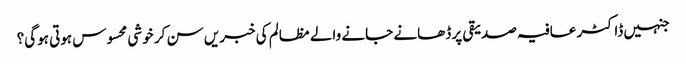
جنہیں ڈاکٹر عافیہ صدیقی پر ڈھانے جانے والے مظالم کی خبریں سن کر خوشی محسوس ہوتی ہوگی؟